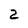
Character: 2